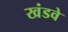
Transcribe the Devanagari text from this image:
खंडवे